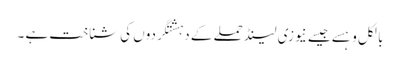
بالکل وہسے جیسے نیوزی لینڈ حملے کے دہشتگردوں کی شناخت ہے ۔